Civil Veterinary Department Bengal reports 1923-33 - 1923-1933
Year: 1923
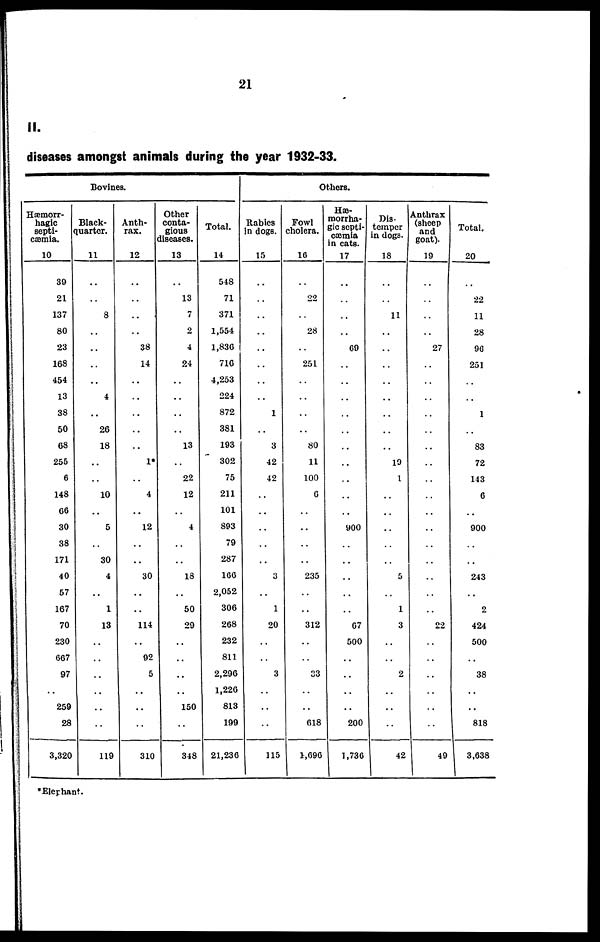
21
II.
diseases amongst animals during the year 1932-33.
Bovines.
Hæmorr-
hagic
septi-
cæmia.
10
39
21
137
80
23
163
454
13
38
50
68
255
6
148
6
30
38
171
40
57
167
70
230
667
97
..
250
28
3,320
Black-
quarter.
11
..
..
8
..
..
..
..
4
..
26
18
..
..
10
..
5
..
30
4
..
1
13
..
..
..
..
..
..
119
Anth-
rax.
12
..
..
..
..
38
14
..
..
..
..
..
1*
..
4
..
12
..
..
30
..
..
114
..
92
5
..
..
..
310
Other
conta-
gious
diseases.
13
..
13
7
2
4
24
..
..
..
..
13
..
22
12
..
4
..
..
18
..
50
20
..
..
..
..
150
..
348
Total.
14
548
71
371
1,554
1,830
716
4,253
224
872
381
193
302
75
211
101
893
79
287
100
2,052
306
268
232
811
2,296
1,226
813
199
21,236
Others.
Rabies
in dogs.
15
..
..
..
..
..
..
..
..
1
..
3
42
42
..
..
..
..
..
3
..
1
20
..
..
3
..
..
..
115
Fowl
cholera.
16
..
22
..
28
..
251
..
..
..
..
80
11
100
6
..
..
..
..
235
..
..
312
..
..
33
..
..
618
1,696
Hæ-
morrha-
gic septi-
cæmia
in cats.
17
..
..
..
..
69
..
..
..
..
..
..
..
..
..
..
900
..
..
..
..
..
6
500
..
..
..
..
200
1,736
Dis
temper
in dogs.
18
..
..
11
..
..
..
..
..
..
..
..
10
1
..
..
..
..
..
5
..
1
3
..
..
2
..
..
..
42
Anthrax
(sheep
and
goat).
19
..
..
..
..
27
..
..
..
..
..
..
..
..
..
..
..
..
..
..
..
..
22
..
..
..
..
..
..
49
Total.
20
..
22
11
28
90
251
..
..
1
..
83
72
143
6
..
900
..
..
243
..
2
424
500
..
38
..
..
818
3,638
*Elephant.